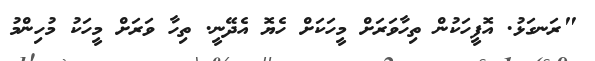
"ރަނގަޅު. އޮފީހަކުން ތިހާވަރަށް މީހަކަށް ހެޔޮ އެދޭނީ. ތިހާ ވަރަށް މީހަކު މުހިންމު